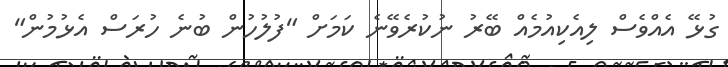
ގުޅޭ އެއްވެސް ލިއެކިއުމެއް ބޭރު ނުކުރެވޭނެ ކަމަށް "ފުލުހުން ބުނެ ހުރަސް އެޅުމުން"